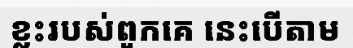
ខ្លះរបស់ពួកគេ នេះបើតាម